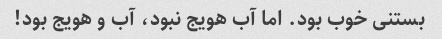
بستنی خوب بود. اما آب هویج نبود، آب و هویج بود!